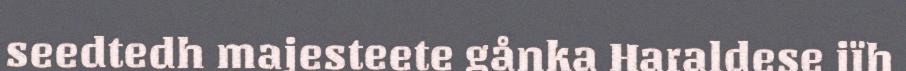
seedtedh majesteete gånka Haraldese jïh